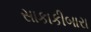
સાકાકીબારા